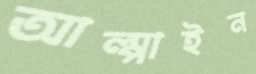
আল্পাইন